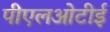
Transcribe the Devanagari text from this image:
पीएलओटीई